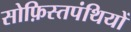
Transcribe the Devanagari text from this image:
सोफ़िस्तपंथियों